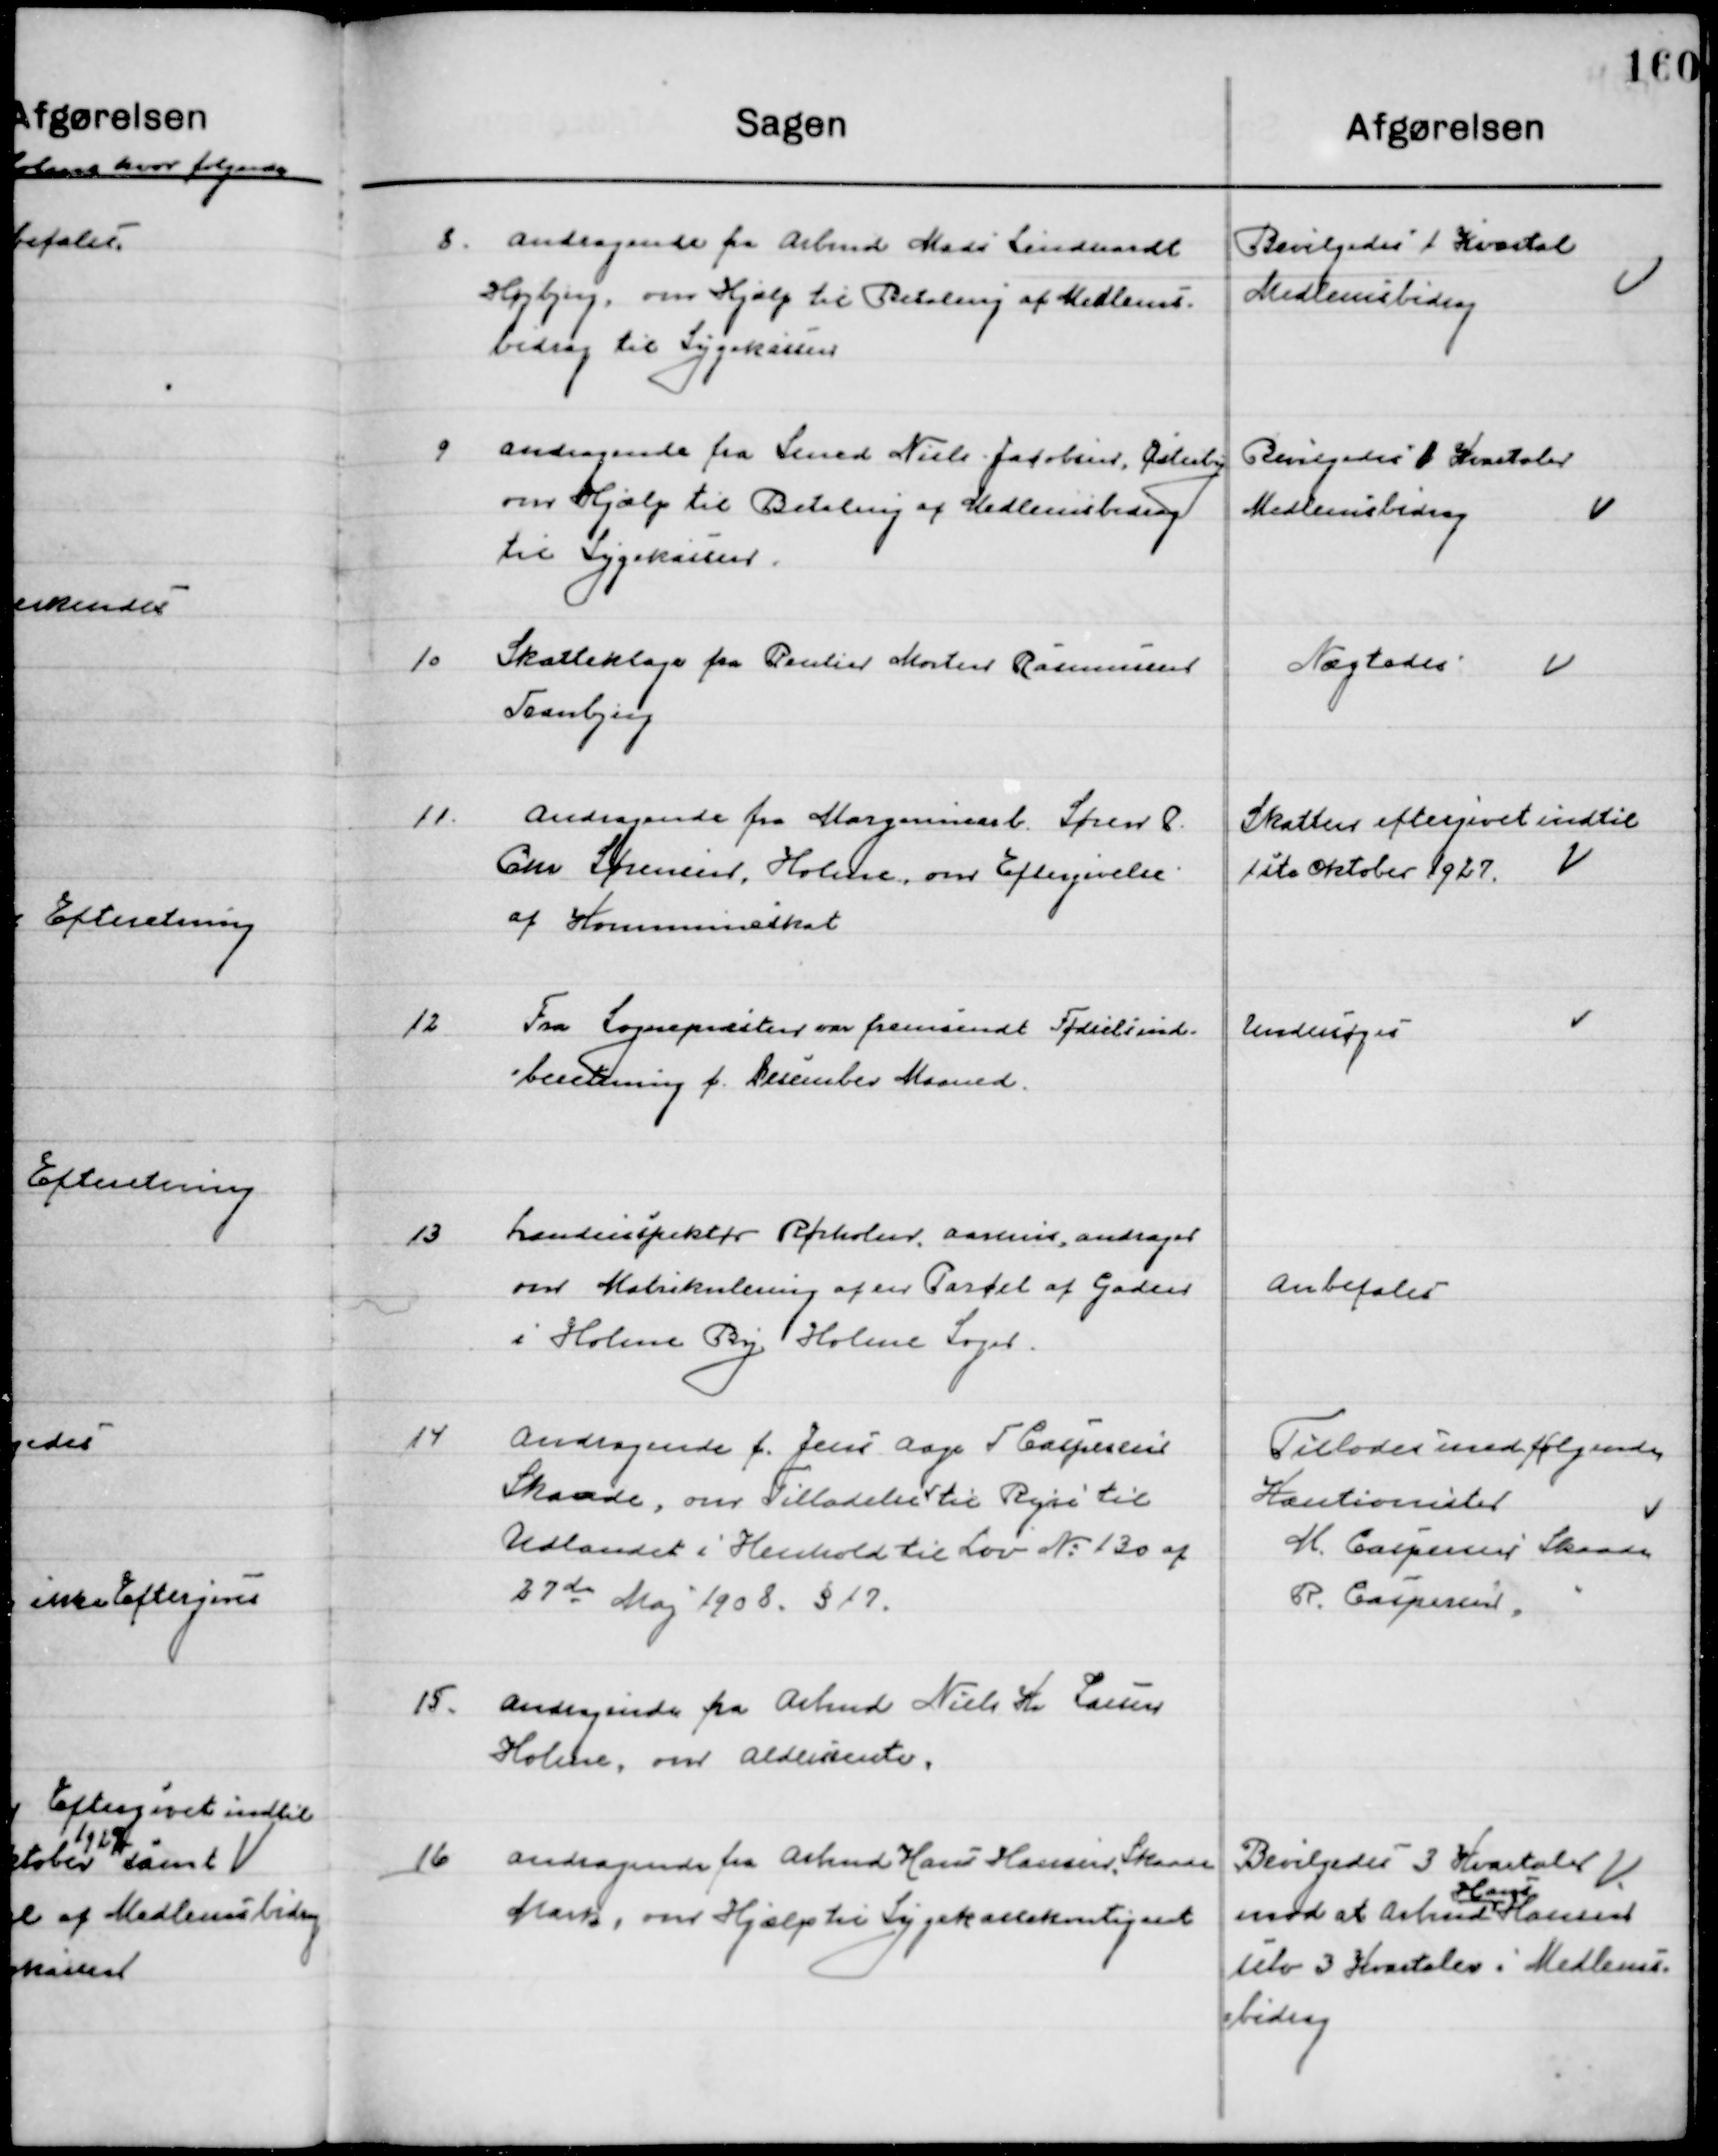
Transskription:
8

Andragende fra Arbmd. Mads Lindhardt
Højbjerg, om Hjælp til Betaling af Medlems-
bidrag til Sygekassen.

Bevilgedes 1 Kvartal
Medlemsbidrag

9

Andragende fra Smed Niels Jacobsen, Østerby
om Hjælp til Betaling af Medlemsbidrag 
til Sygekassen.

Bevilgedes 1 Kvartal
Medlemsbidrag

10

Skatteklage fra Rentier Morten Rasmussen
Tranbjerg.

Nægtedes

11

Andragende fra Margarinearb. Søren P.
Chr. Sørensen, Holme, om Eftergivelse 
af Kommuneskat

Skatten eftergives indtil
1ste Oktober 1927

12

Fra Sognepræsten om fremsendt Fødselsind-
beretning f. December Maaned.

Undersøges

13

Landinspektør Rørholm, Aarhus andrager
Om Matrikulering af en Parcel af Gaden
I Holme By, Holme Sogn.

Anbefales

14

Andragende f. Jens Aage T. Caspersen
Skaade, om Tilladelse til Rejse til
Udlandet i Henholdt til Lov Nr. 130 af
27de Maj 1928. § 17

Tillodes med følgende
Kautionister
M. Caspersen Skaade
R. Caspersen		-

15

Andragende fra Arbmd. Niels K. Larsen
Holme, om Aldersrente

16

Andragende fra Arbmd. Hans Hansen, Skaade
Mark, om hjælp til Sygekassekontingent

Bevilgedes 3 Kvartaler
mod at Arbmd. 
Hans
Hansen
selv 3 Kvartaler i Medlems-
bidrag